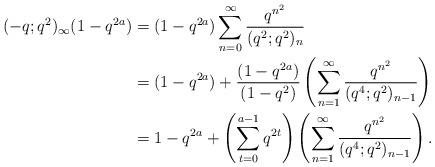
LaTeX: \begin{align*} (-q;q^2)_\infty (1-q^{2a}) & = (1-q^{2a})\sum_{n=0}^\infty \frac{q^{n^2}}{(q^2;q^2)_n} \\&= (1-q^{2a}) + \frac{(1-q^{2a})}{(1-q^2)}\left( \sum_{n=1}^\infty \frac{q^{n^2}}{(q^4;q^2)_{n-1}}\right) \\&= 1-q^{2a} + \left(\sum_{t=0}^{a-1} q^{2t} \right)\left(\sum_{n=1}^\infty \frac{q^{n^2}}{(q^4;q^2)_{n-1}}\right).\end{align*}